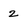
Character: 2